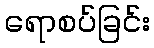
ရောစပ်ခြင်း